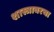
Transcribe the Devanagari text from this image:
शास्त्रावरचा